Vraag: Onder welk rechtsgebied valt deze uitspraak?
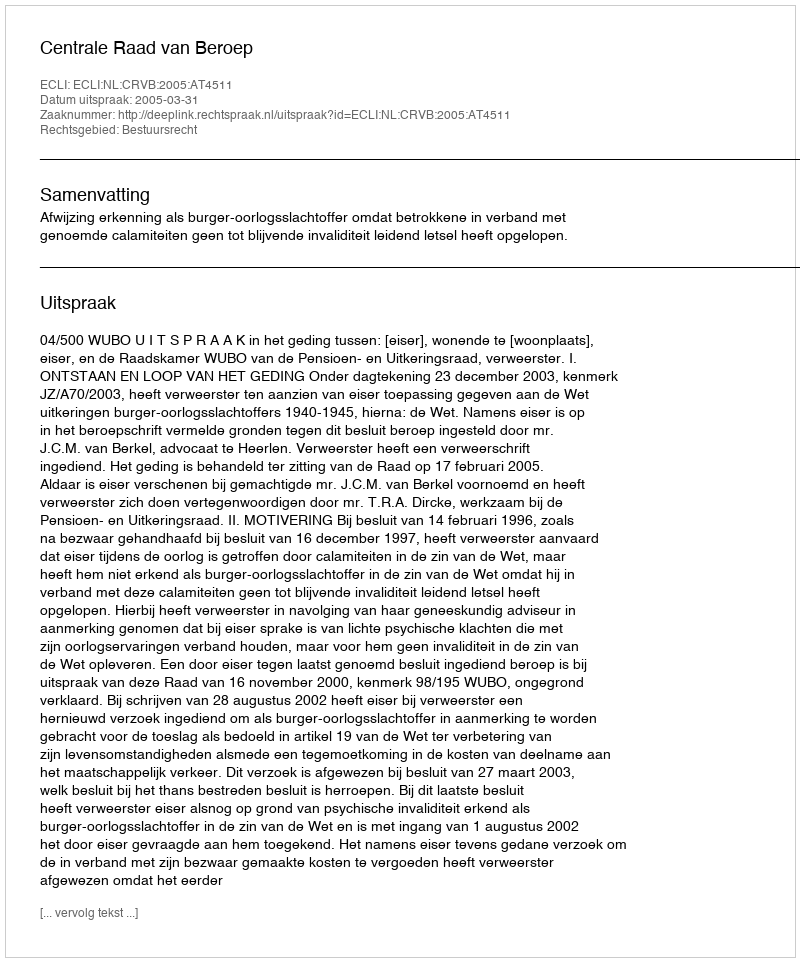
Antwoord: Bestuursrecht